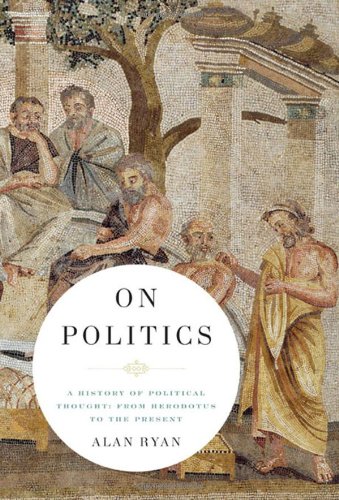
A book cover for On Politics: A History of Political Thought: From Herodotus to the Present (2 Vol. Set); Alan Ryan; History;